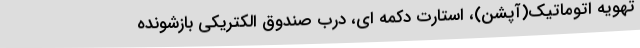
تهویه اتوماتیک(آپشن)، استارت دکمه ای، درب صندوق الکتریکی بازشونده